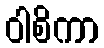
ဝါစိကာ